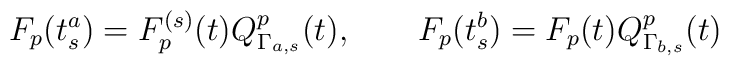
F_p(t_s^a)=F_p^{(s)}(t)Q_{\Gamma_{a,s}}^p(t),\qquad F_p(t_s^b)=F_p(t)Q_{\Gamma_{b,s}}^p(t)